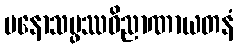
မနောသမ္ဖဿဝိညာဏာယတနံ